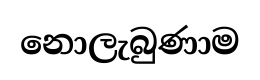
නොලැබුණාම